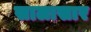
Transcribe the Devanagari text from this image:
सालासार